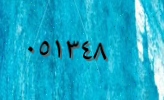
٠٥١٣٤٨